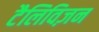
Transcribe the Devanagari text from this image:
टैलिविज़न